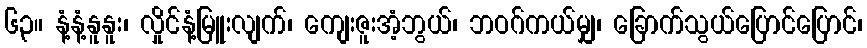
၆၃။ နံ့နံ့နူနူး၊ လှိုင်နံ့မြူးလျက်၊ ကျေးဇူးအံ့ဘွယ်၊ ဘဝဂ်ကယ်မျှ၊ ခြောက်သွယ်ပြောင်ပြောင်၊